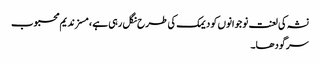
نشہ کی لعنت نوجوانوں کو دیمک کی طرح نگل رہی ہے ، مسز ندیم محبوب
سرگودھا۔